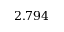
2 . 7 9 4